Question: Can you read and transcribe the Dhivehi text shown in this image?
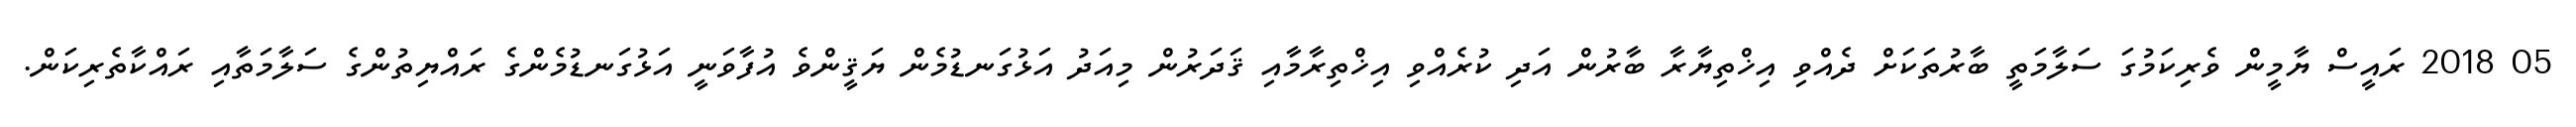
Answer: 05 2018 ރައީސް ޔާމީން ވެރިކަމުގަ ސަލާމަތީ ބާރުތަކަށް ދެއްވި އިޚްތިޔާރާ ބާރުން އަދި ކުރެއްވި އިޚްތިރާމާއި ޤަދަރުން މިއަދު އަޅުގަނޑުމެން ޔަޤީންވެ އުފާވަނީ އަޅުގަނޑުމެންގެ ރައްޔިތުންގެ ސަލާމަތާއި ރައްކާތެރިކަން.